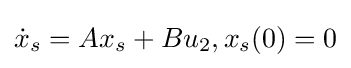
{\dot {x}}_{s}=Ax_{s}+Bu_{2},x_{s}(0)=0